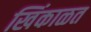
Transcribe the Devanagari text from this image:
खिंकाळत